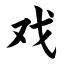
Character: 戏